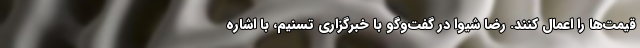
قیمت‌ها را اعمال کنند. رضا شیوا در گفت‌وگو با خبرگزاری تسنیم، با اشاره